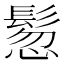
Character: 𩭳